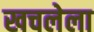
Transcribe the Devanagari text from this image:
खचलेला